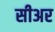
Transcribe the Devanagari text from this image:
सीअर